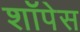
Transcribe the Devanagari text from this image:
शॉपेस